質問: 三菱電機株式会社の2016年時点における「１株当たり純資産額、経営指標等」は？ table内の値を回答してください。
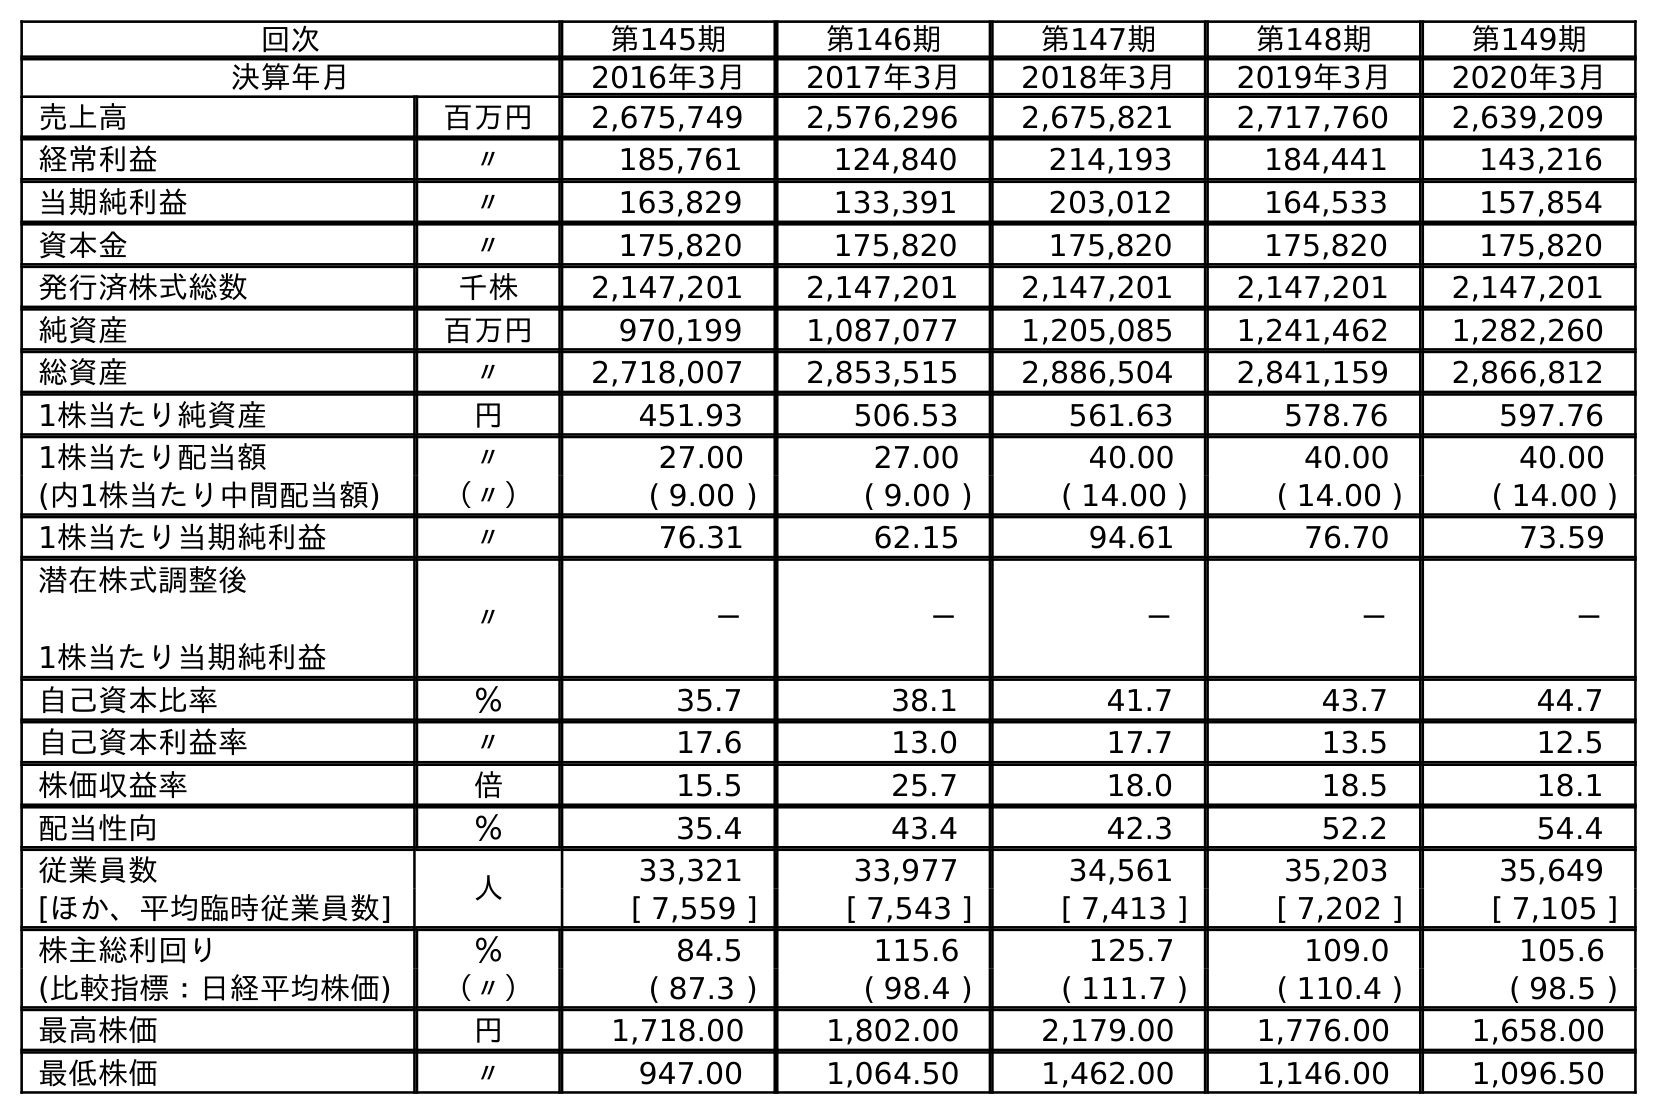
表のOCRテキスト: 回次 第145期 第146期 第147期 第148期 第149期 決算年月 2016年3月 2017年3月 2018年3月 2019年3月 2020年3月 売上高 百万円 2,675,749 2,576,296 2,675,821 2,717,760 2,639,209 経常利益 〃 185,761 124,840 214,193 184,441 143,216 当期純利益 〃 163,829 133,391 203,012 164,533 157,854 資本金 〃 175,820 175,820 175,820 175,820 175,820 発行済株式総数 千株 2,147,201 2,147,201 2,147,201 2,147,201 2,147,201 純資産 百万円 970,199 1,087,077 1,205,085 1,241,462 1,282,260 総資産 〃 2,718,007 2,853,515 2,886,504 2,841,159 2,866,812 1株当たり純資産 円 451.93 506.53 561.63 578.76 597.76 1株当たり配当額 〃 27.00 27.00 40.00 40.00 40.00 (内1株当たり中間配当額) （〃） ( 9.00 ) ( 9.00 ) ( 14.00 ) ( 14.00 ) ( 14.00 ) 1株当たり当期純利益 〃 76.31 62.15 94.61 76.70 73.59 潜在株式調整後 1株当たり当期純利益 〃 － － － － － 自己資本比率 ％ 35.7 38.1 41.7 43.7 44.7 自己資本利益率 〃 17.6 13.0 17.7 13.5 12.5 株価収益率 倍 15.5 25.7 18.0 18.5 18.1 配当性向 ％ 35.4 43.4 42.3 52.2 54.4 従業員数 人 33,321 33,977 34,561 35,203 35,649 [ほか、平均臨時従業員数] [ 7,559 ] [ 7,543 ] [ 7,413 ] [ 7,202 ] [ 7,105 ] 株主総利回り ％ 84.5 115.6 125.7 109.0 105.6 (比較指標：日経平均株価) （〃） ( 87.3 ) ( 98.4 ) ( 111.7 ) ( 110.4 ) ( 98.5 ) 最高株価 円 1,718.00 1,802.00 2,179.00 1,776.00 1,658.00 最低株価 〃 947.00 1,064.50 1,462.00 1,146.00 1,096.50
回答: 451.93